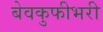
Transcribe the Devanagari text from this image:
बेवकुफीभरी